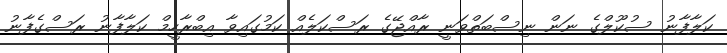
ކަލާފާނު ސުކޫލްގެ ނަން ނިސްބަތްވަނީ ރާއްޖޭގެ ރަސްކަލެއް ކަމުގައިވާ އިބްރާހީމް ކަލާފާނު ރަސްގެފާނު